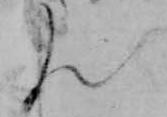
ん